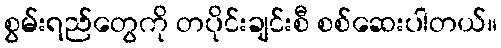
စွမ်းရည်တွေကို တပိုင်းချင်းစီ စစ်ဆေးပါတယ်။